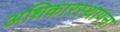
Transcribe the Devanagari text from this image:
अधिकारस्थापना